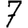
Digit: 7